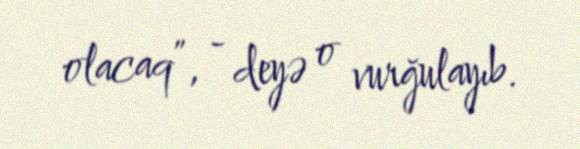
olacaq”, - deyə o vurğulayıb.